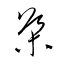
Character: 導